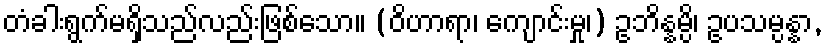
တံခါးရွက်မရှိသည်လည်းဖြစ်သော။ (ဝိဟာရာ၊ ကျောင်းမှု၊) ဥဘိန္နမ္ပိ၊ ဥပသမ္ပန္နာ,